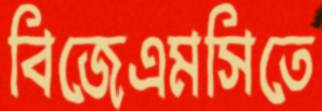
বিজেএমসিতে